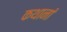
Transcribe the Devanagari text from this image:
कथानां